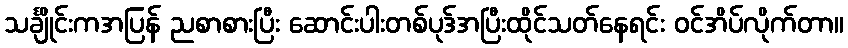
သင်္ချိုင်းကအပြန် ညစာစားပြီး ဆောင်းပါးတစ်ပုဒ်အပြီးထိုင်သတ်နေရင်း ဝင်အိပ်လိုက်တာ။